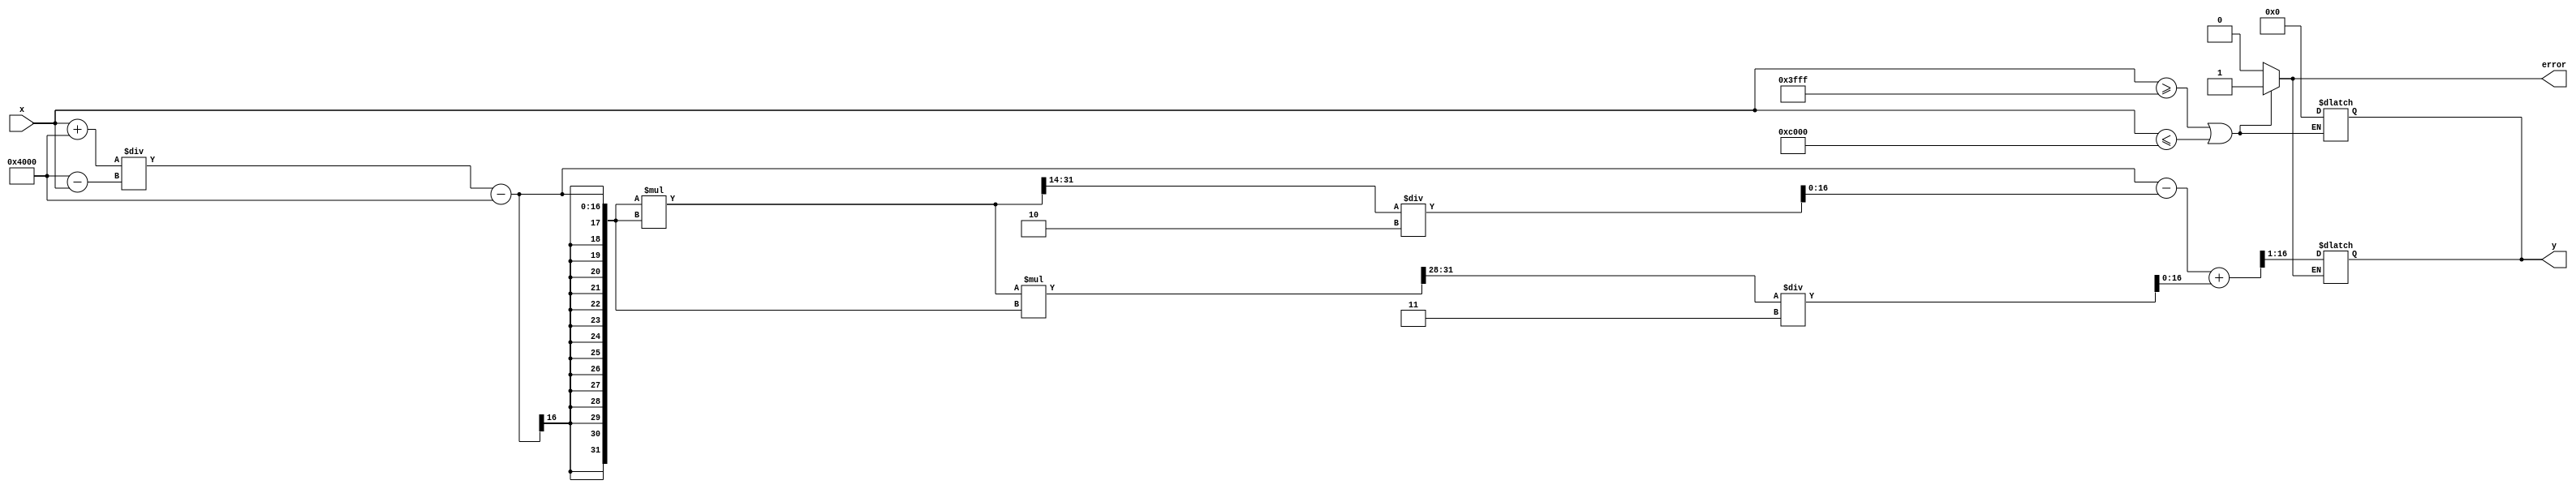
module atanh(
    input signed [15:0] x, // Input value in fixed-point representation
    output reg signed [15:0] y, // Output value in fixed-point representation
    output reg error // Error signal for out of range input
);

    // Constants
    parameter FIXED_POINT_FRACTIONAL_BITS = 14; // Number of fractional bits
    parameter MAX_INPUT = 16'h3FFF; // Fixed-point representation of 1.0
    parameter MIN_INPUT = 16'hC000; // Fixed-point representation of -1.0

    // Internal signals
    wire signed [15:0] one_plus_x;
    wire signed [15:0] one_minus_x;
    wire signed [15:0] z; // z = (1 + x) / (1 - x)
    wire signed [31:0] ln_z; // ln(z) in higher precision
    reg signed [31:0] ln_z_half; // ln(z) / 2

    // Range checking
    always @(*) begin
        if (x >= MAX_INPUT || x <= MIN_INPUT) begin
            error = 1'b1; // Set error if out of range
            y = 16'h0000; // Output zero in case of error
        end else begin
            error = 1'b0; // No error
        end
    end

    // Calculate 1 + x and 1 - x
    assign one_plus_x = x + 16'h4000; // 1.0 in fixed-point
    assign one_minus_x = 16'h4000 - x; // 1.0 - x

    // Division: z = (1 + x) / (1 - x)
    // Simple fixed-point division (not synthesizable in hardware, consider using a divider module)
    assign z = one_plus_x / one_minus_x;

    // Natural logarithm approximation (simple implementation)
    // This should be replaced with a more accurate method for production use
    function signed [31:0] log_approx(input signed [15:0] value);
        begin
            // Simple approximation: ln(x) = (x - 1) - (x - 1)^2 / 2 + (x - 1)^3 / 3
            // This is a very rough approximation and should be replaced with a proper method
            log_approx = (value - 16'h4000) - ((value - 16'h4000) * (value - 16'h4000) >> 14) / 2 + ((value - 16'h4000) * (value - 16'h4000) * (value - 16'h4000) >> 28) / 3;
        end
    endfunction

    // Compute ln(z)
    always @(*) begin
        if (!error) begin
            ln_z = log_approx(z);
            ln_z_half = ln_z >> 1; // Divide by 2
            y = ln_z_half[15:0]; // Output the lower 16 bits
        end
    end

endmodule